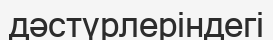
дәстүрлеріндегі